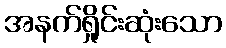
အနက်ရှိုင်းဆုံးသော